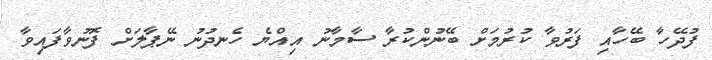
ފުދޭހާ ބޭހާއި ފަރުވާ ކުރުމަށް ބޭނުންކުރާ ސާމާނު އިއްޔެ ހެނދުނު ނޭޕާލަށް ފޮނުވާފައިވާ